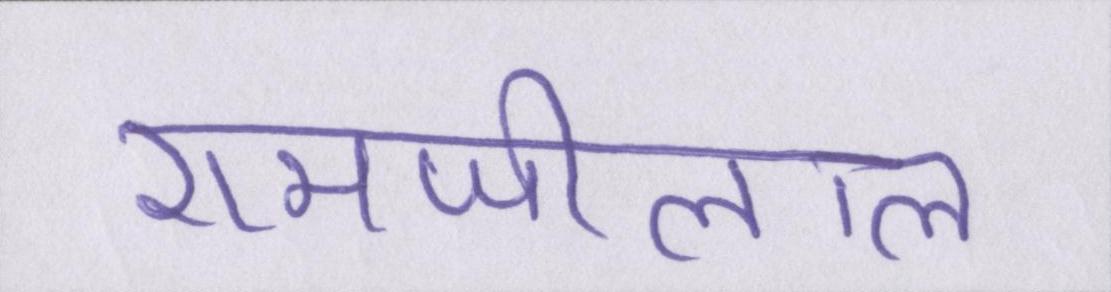
रामजीलाल